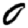
Digit: 0